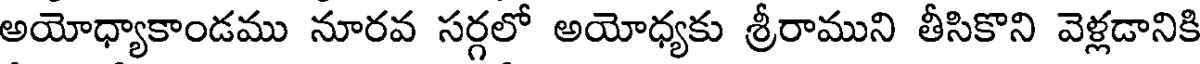
అయోధ్యాకాండము నూరవ సర్గలో అయోధ్యకు శ్రీరాముని తీసికొని వెళ్లడానికి